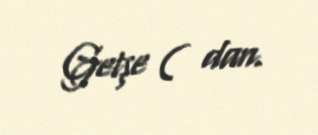
Getşe ( dan.